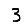
Digit: 3